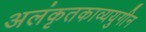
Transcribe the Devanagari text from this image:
अलंकृतकाव्ययुगीन